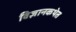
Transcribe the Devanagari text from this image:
विज्ञानकथेत